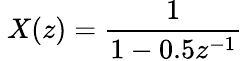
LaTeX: \ X(z)={\frac{1}{1-0.5z^{-1}}}